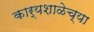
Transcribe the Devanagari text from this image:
कार्यशाळेच्या